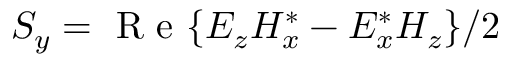
S _ { y } = \mathrm { ~ R ~ e ~ } \{ E _ { z } H _ { x } ^ { * } - E _ { x } ^ { * } H _ { z } \} / 2